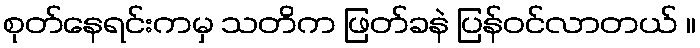
စုတ်နေရင်းကမှ သတိက ဖြတ်ခနဲ ပြန်ဝင်လာတယ် ။